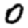
Digit: 0